Annual vaccination report of Bihar and Orissa - 1911-1928
Year: 1911
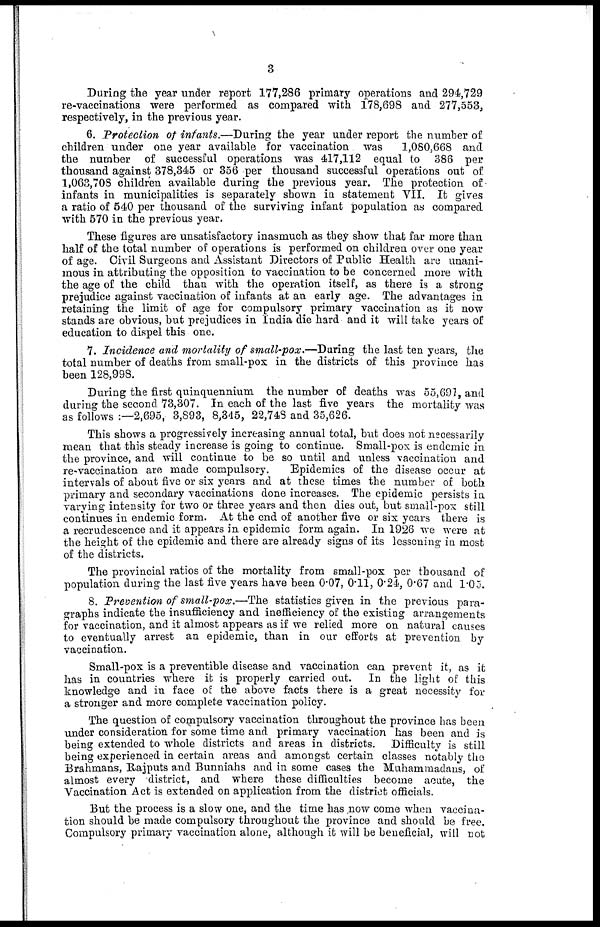
3
During the year under report 177,286 primary operations and 294,729
re-vaccinations were performed as compared with 178,698 and 277,553,
respectively, in the previous year.
6. Protection of infants.—During the year under report the number of
children under one year available for vaccination was
1,080,668 and
the number of successful operations was 417,112 equal to 386 per
thousand against 378,345 or 356 per thousand successful operations out of
1,063,708 children available during the previous year. The protection of
infants in municipalities is separately shown in statement VII. It gives
a ratio of 540 per thousand of the surviving infant population as compared
with 570 in the previous year.
These figures are unsatisfactory inasmuch as they show that far more than
half of the total number of operations is performed on children over one year
of age. Civil Surgeons and Assistant Directors of Public Health are unani-
mous in attributing the opposition to vaccination to be concerned more with
the age of the child than with the operation itself, as there is a strong
prejudice against vaccination of infants at an early age. The advantages in
retaining the limit of age for compulsory primary vaccination as it now
stands are obvious, but prejudices in India die hard and it will take years of
education to dispel this one.
7. Incidence and mortality of small-pox.—During the last ten years, the
total number of deaths from small-pox in the districts of this province has
been 128,998.
During the first quinquennium the number of deaths was 55,691, and
during the second 73,307. In each of the last five years the mortality was
as follows :—2,695, 3,893, 8,345, 22,748 and 35,626.
This shows a progressively increasing annual total, but does not necessarily
mean that this steady increase is going to continue. Small-pox is endemic in
the province, and will continue to be so until and unless vaccination and
re-vaccination are made compulsory.
Epidemics of the disease occur at
intervals of about five or six years and at these times the number of both
primary and secondary vaccinations done increases. The epidemic persists in
varying intensity for two or three years and then dies out, but small-pox still
continues in endemic form. At the end of another five or six years there is
a recrudescence and it appears in epidemic form again. In 1926 we were at
the height of the epidemic and there are already signs of its lessening in most
of the districts.
The provincial ratios of the mortality from small-pox per thousand of
population during the last five years have been 0.07, 0.11, 0.24, 0.67 and 1.05.
8. Prevention of small-pox.—The statistics given in the previous para-
graphs indicate the insufficiency and inefficiency of the existing arrangements
for vaccination, and it almost appears as if we relied more on natural causes
to eventually arrest an epidemic, than in our efforts at prevention by
vaccination.
Small-pox is a preventible disease and vaccination can prevent it, as it
has in countries where it is properly carried out. In the light of this
knowledge and in face of the above facts there is a great necessity for
a stronger and more complete vaccination policy.
The question of compulsory vaccination throughout the province has been
under consideration for some time and primary vaccination has been and is
being extended to whole districts and areas in districts. Difficulty is still
being experienced in certain areas and amongst certain classes notably the
Brahmans, Rajputs and Bunniahs and in some cases the Muhammadans, of
almost every district, and where these difficulties become acute, the
Vaccination Act is extended on application from the district officials.
But the process is a slow one, and the time has now come when vaccina-
tion should be made compulsory throughout the province and should be free.
Compulsory primary vaccination alone, although it will be beneficial, will not